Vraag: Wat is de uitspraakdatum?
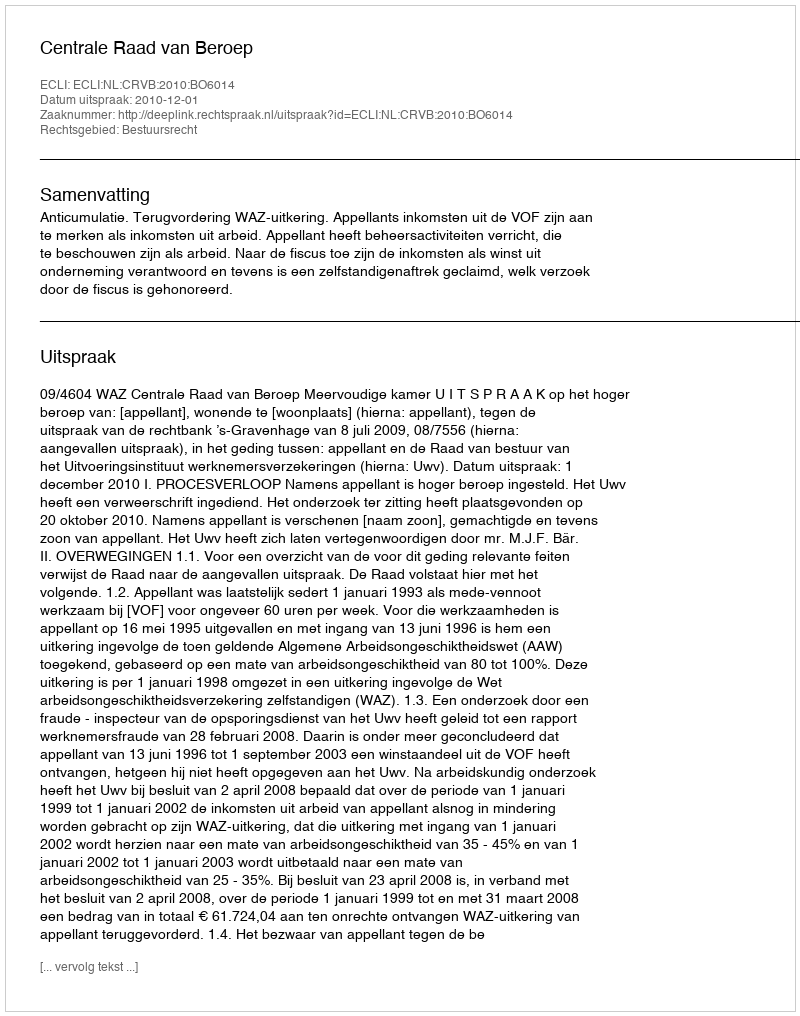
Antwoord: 2010-12-01